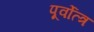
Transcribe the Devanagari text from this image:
पूर्वोत्त्र